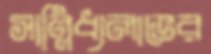
সান্নিধ্যলাভের